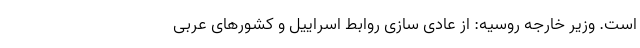
است. وزیر خارجه روسیه: از عادی سازی روابط اسراییل و کشورهای عربی